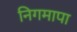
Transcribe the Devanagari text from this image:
निगमापा